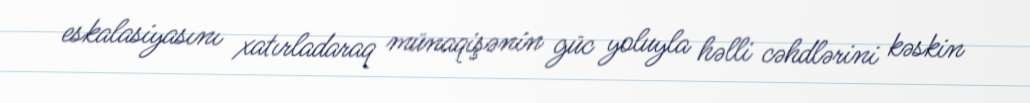
eskalasiyasını xatırladaraq münaqişənin güc yoluyla həlli cəhdlərini kəskin